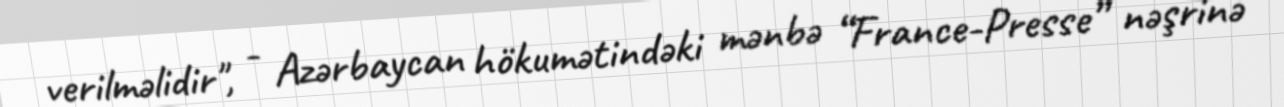
verilməlidir", - Azərbaycan hökumətindəki mənbə “France-Presse” nəşrinə